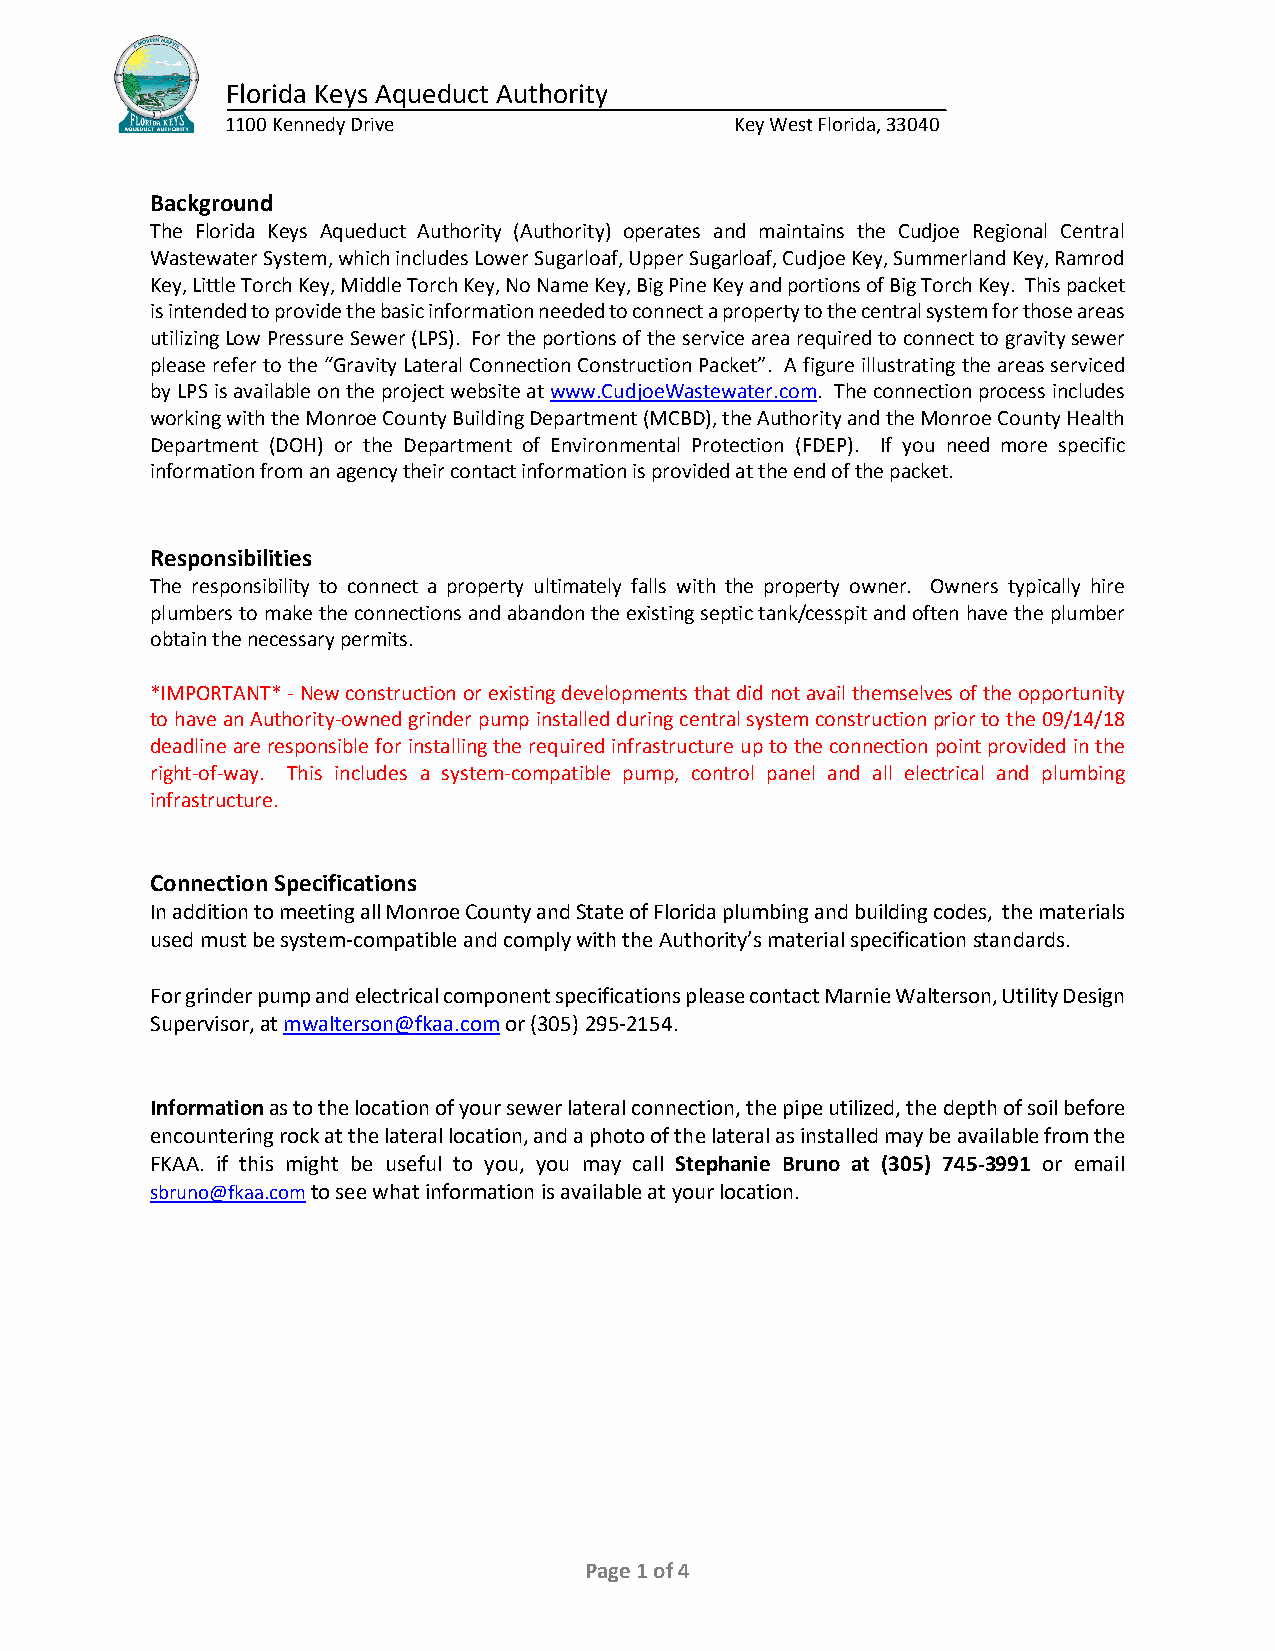
Florida Keys Aqueduct Authority
 1100 Kennedy Drive                Key West Florida, 33040
 Background
 The Florida Keys Aqueduct Authority (Authority) operates and maintains the Cudjoe Regional Central
 Wastewater System, which includes Lower Sugarloaf, Upper Sugarloaf, Cudjoe Key, Summerland Key, Ramrod
 Key, Little Torch Key, Middle Torch Key, No Name Key, Big Pine Key and portions of Big Torch Key. This packet
 is intended to provide the basic information needed to connect a property to the central system for those areas
 utilizing Low Pressure Sewer (LPS). For the portions of the service area required to connect to gravity sewer
 please refer to the “Gravity Lateral Connection Construction Packet”. A figure illustrating the areas serviced
 by LPS is available on the project website at www.CudjoeWastewater.com. The connection process includes
 working with the Monroe County Building Department (MCBD), the Authority and the Monroe County Health
 Department (DOH) or the Department of Environmental Protection (FDEP). If you need more specific
 information from an agency their contact information is provided at the end of the packet.
 Responsibilities
 The responsibility to connect a property ultimately falls with the property owner. Owners typically hire
 plumbers to make the connections and abandon the existing septic tank/cesspit and often have the plumber
 obtain the necessary permits.
 *IMPORTANT* - New construction or existing developments that did not avail themselves of the opportunity
 to have an Authority-owned grinder pump installed during central system construction prior to the 09/14/18
 deadline are responsible for installing the required infrastructure up to the connection point provided in the
 right-of-way. This includes a system-compatible pump, control panel and all electrical and plumbing
 infrastructure.
 Connection Specifications
 In addition to meeting all Monroe County and State of Florida plumbing and building codes, the materials
 used must be system-compatible and comply with the Authority’s material specification standards.
 For grinder pump and electrical component specifications please contact Marnie Walterson, Utility Design
 Supervisor, at mwalterson@fkaa.com or (305) 295-2154.
 Information as to the location of your sewer lateral connection, the pipe utilized, the depth of soil before
 encountering rock at the lateral location, and a photo of the lateral as installed may be available from the
 FKAA. if this might be useful to you, you may call Stephanie Bruno at (305) 745-3991 or email
 sbruno@fkaa.com to see what information is available at your location.
 Page 1 of 4